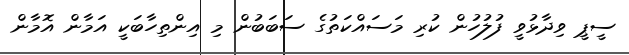
ސީޕީ ވިދާޅުވީ ފުލުހުން ކުރި މަސައްކަތުގެ ސަބަބުން މި އިންތިހާބަކީ އަމާން އޮމާން